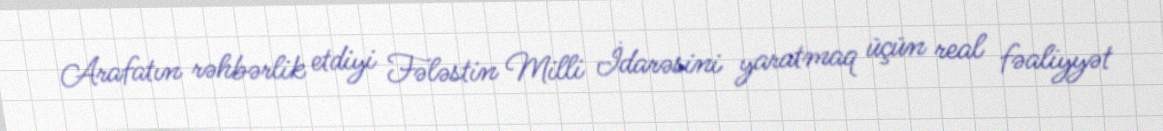
Arafatın rəhbərlik etdiyi Fələstin Milli İdarəsini yaratmaq üçün real fəaliyyət